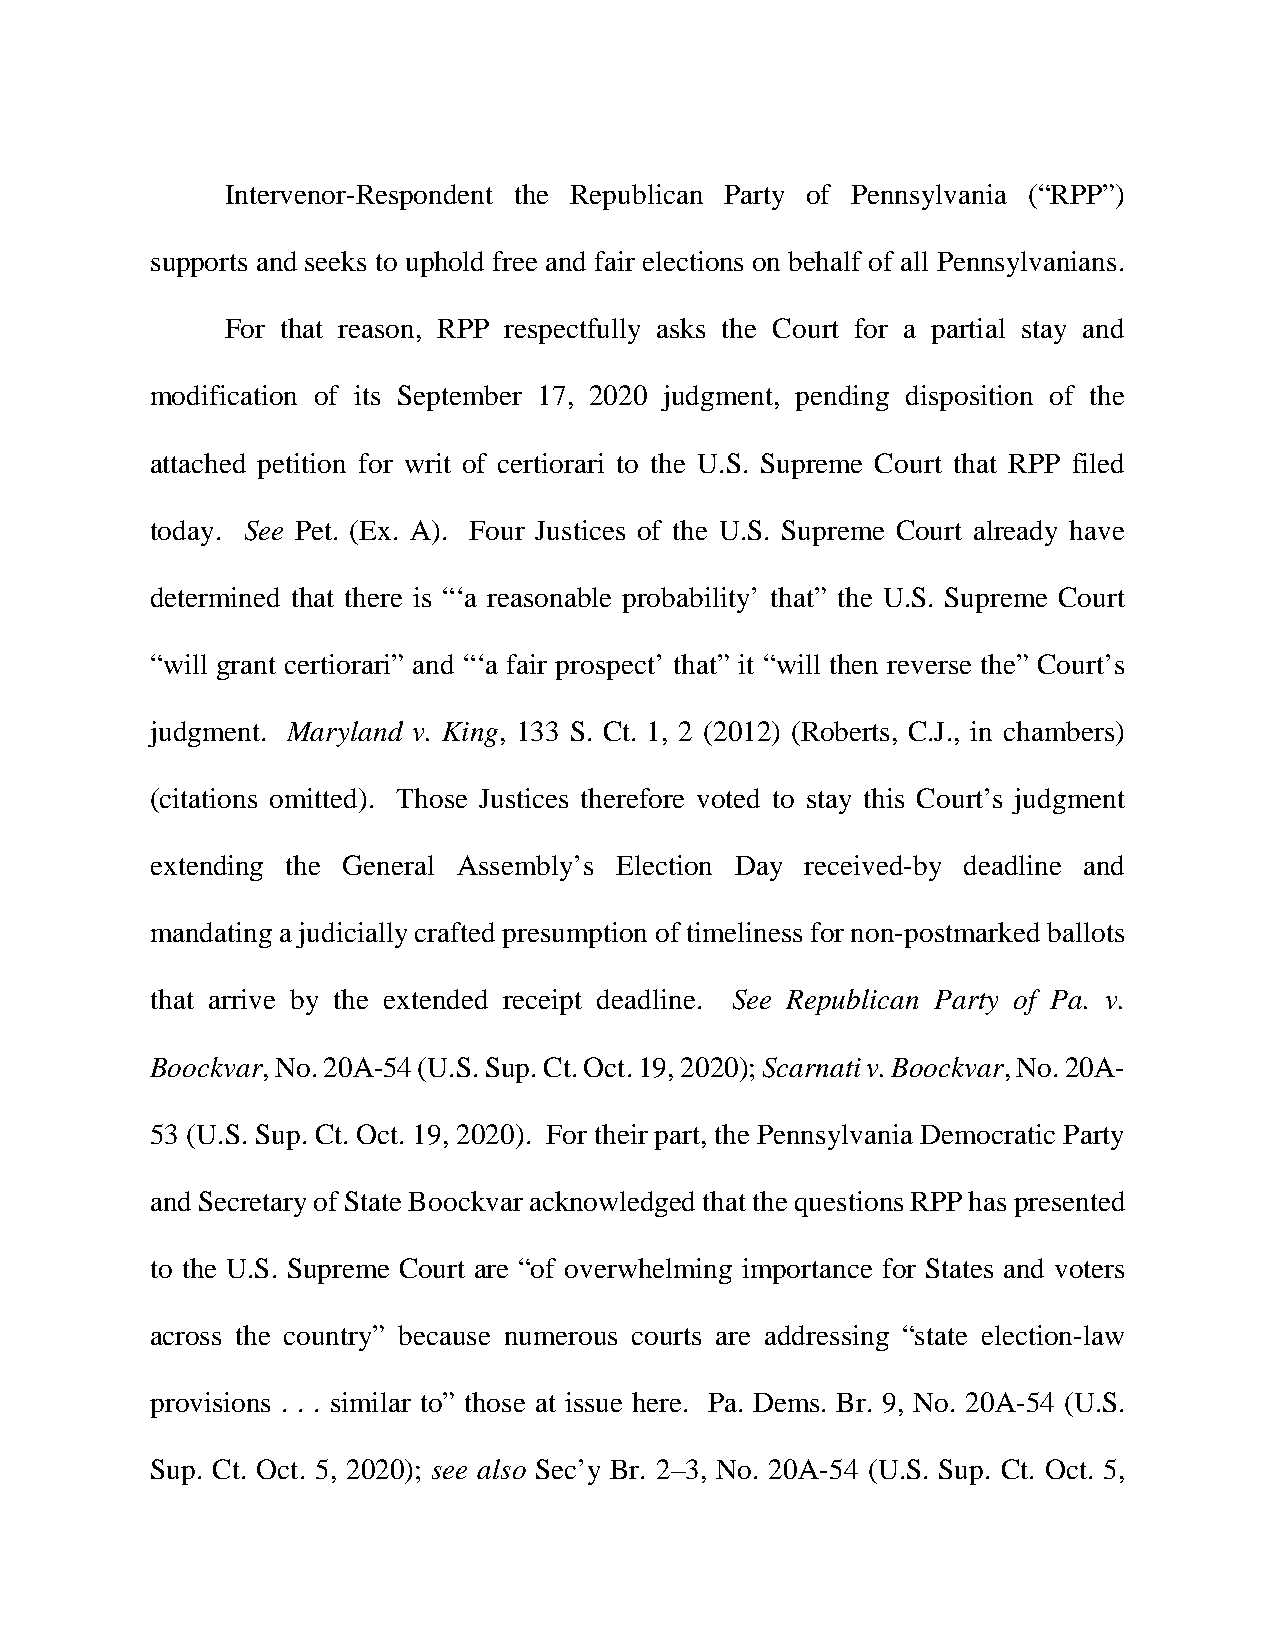
Intervenor-Respondent the Republican Party of Pennsylvania (“RPP”)
 supports and seeks to uphold free and fair elections on behalf of all Pennsylvanians.
 For that reason, RPP respectfully asks the Court for a partial stay and
 modification of its September 17, 2020 judgment, pending disposition of the
 attached petition for writ of certiorari to the U.S. Supreme Court that RPP filed
 today. See Pet. (Ex. A). Four Justices of the U.S. Supreme Court already have
 determined that there is “‘a reasonable probability’ that” the U.S. Supreme Court
 “will grant certiorari” and “‘a fair prospect’ that” it “will then reverse the” Court’s
 judgment. Maryland v. King, 133 S. Ct. 1, 2 (2012) (Roberts, C.J., in chambers)
 (citations omitted). Those Justices therefore voted to stay this Court’s judgment
 extending the General Assembly’s Election Day received-by deadline and
 mandating a judicially crafted presumption of timeliness for non-postmarked ballots
 that arrive by the extended receipt deadline. See Republican Party of Pa. v.
 Boockvar, No. 20A-54 (U.S. Sup. Ct. Oct. 19, 2020); Scarnati v. Boockvar, No. 20A-
 53 (U.S. Sup. Ct. Oct. 19, 2020). For their part, the Pennsylvania Democratic Party
 and Secretary of State Boockvar acknowledged that the questions RPP has presented
 to the U.S. Supreme Court are “of overwhelming importance for States and voters
 across the country” because numerous courts are addressing “state election-law
 provisions . . . similar to” those at issue here. Pa. Dems. Br. 9, No. 20A-54 (U.S.
 Sup. Ct. Oct. 5, 2020); see also Sec’y Br. 2–3, No. 20A-54 (U.S. Sup. Ct. Oct. 5,